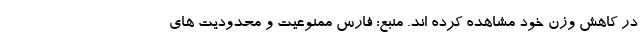
در کاهش وزن خود مشاهده کرده اند. منبع: فارس ممنوعیت و محدودیت های